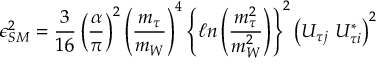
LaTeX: \epsilon _ { S M } ^ { 2 } = \frac { 3 } { 1 6 } \left( \frac { \alpha } { \pi } \right) ^ { 2 } \left( \frac { m _ { \tau } } { m _ { W } } \right) ^ { 4 } \left\{ \ell n \left( \frac { m _ { \tau } ^ { 2 } } { m _ { W } ^ { 2 } } \right) \right\} ^ { 2 } \left( U _ { \tau j } \ U _ { \tau i } ^ { * } \right) ^ { 2 }